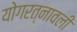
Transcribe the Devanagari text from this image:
योगरत्नावली